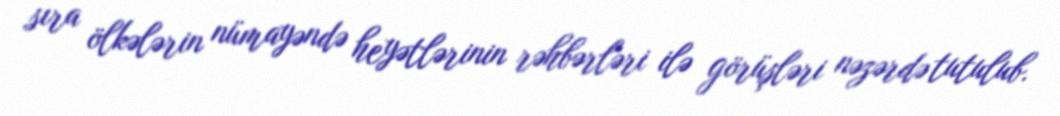
sıra ölkələrin nümayəndə heyətlərinin rəhbərləri ilə görüşləri nəzərdə tutulub.